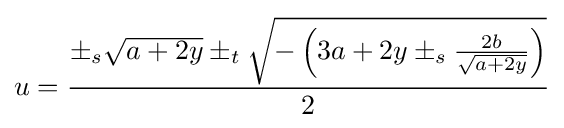
u={\pm _{s}{\sqrt {a+2y}}\pm _{t}{\sqrt {-\left(3a+2y\pm _{s}{2b \over {\sqrt {a+2y}}}\right)}} \over 2}